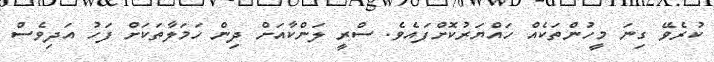
ކުރެވޭ ގިނަ މީހުންތަކެއް ހައްޔަރުކޮށްފައެވެ. ސްރީ ލަންކާއަށް ދިން ހަމަލާތަކަށް ފަހު އަދިވެސް